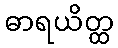
ဓာရယိတ္ထ